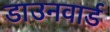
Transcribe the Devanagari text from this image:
डाउनवार्ड